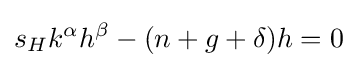
s_{H}k^{\alpha }h^{\beta }-(n+g+\delta )h=0